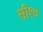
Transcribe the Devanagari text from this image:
सी१७